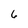
Character: 6